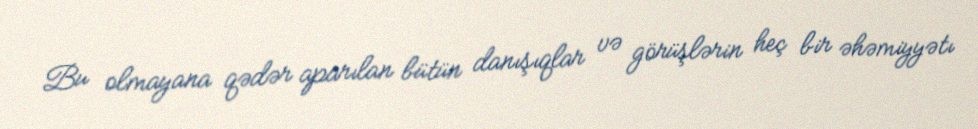
Bu olmayana qədər aparılan bütün danışıqlar və görüşlərin heç bir əhəmiyyətı